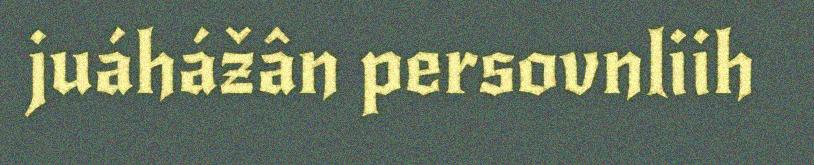
juáhážân persovnliih